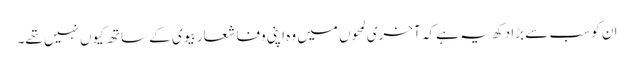
ان کو سب سے بڑا دکھ یہ ہے کہ آخری لمحوں میں وہ اپنی وفا شعار بیوی کے ساتھ کیوں نہیں تھے۔